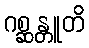
ဂစ္ဆန္တူတိ